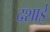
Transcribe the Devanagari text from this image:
दशाई